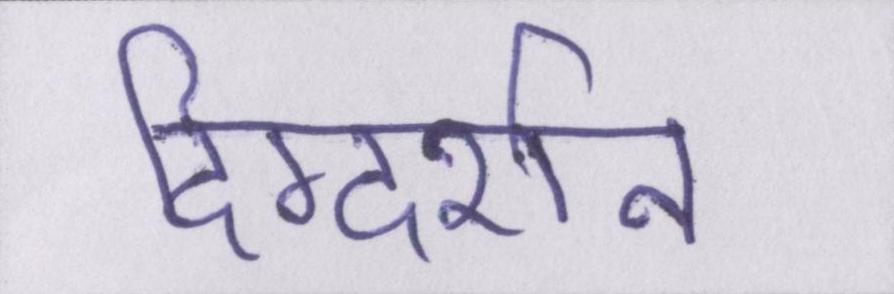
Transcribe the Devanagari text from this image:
दिग्दर्शन